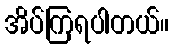
အိပ်ကြရပါတယ်။